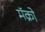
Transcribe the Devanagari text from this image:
मॅक्रो